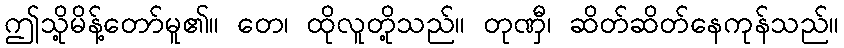
ဤသို့မိန့်တော်မူ၏။ တေ၊ ထိုလူတို့သည်။ တုဏှီ၊ ဆိတ်ဆိတ်နေကုန်သည်။